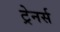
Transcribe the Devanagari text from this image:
ट्रेनर्स